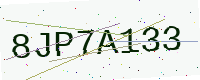
Text: 8JP7A133